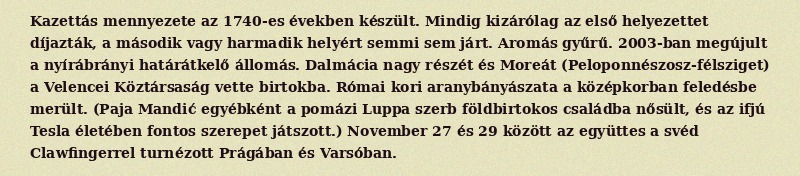
Kazettás mennyezete az 1740-es években készült. Mindig kizárólag az első helyezettet díjazták, a második vagy harmadik helyért semmi sem járt. Aromás gyűrű. 2003-ban megújult a nyírábrányi határátkelő állomás. Dalmácia nagy részét és Moreát (Peloponnészosz-félsziget) a Velencei Köztársaság vette birtokba. Római kori aranybányászata a középkorban feledésbe merült. (Paja Mandić egyébként a pomázi Luppa szerb földbirtokos családba nősült, és az ifjú Tesla életében fontos szerepet játszott.) November 27 és 29 között az együttes a svéd Clawfingerrel turnézott Prágában és Varsóban.